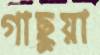
গাছুয়া